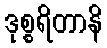
ဒုစ္စရိတာနိ